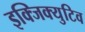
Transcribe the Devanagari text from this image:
इक्जिक्युटिव